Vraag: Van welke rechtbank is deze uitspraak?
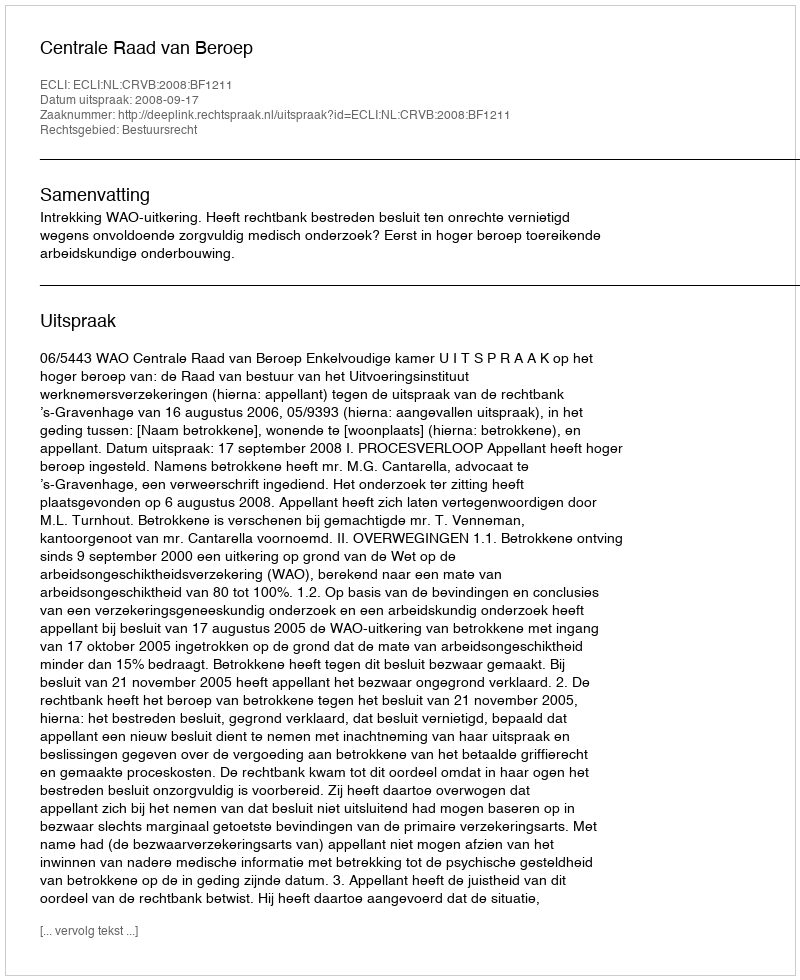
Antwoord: Centrale Raad van Beroep